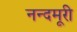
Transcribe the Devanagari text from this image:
नन्दमूरी